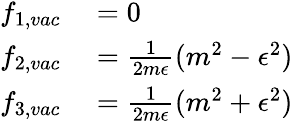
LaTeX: \begin{array}{rl}{f_{1,vac}}&{{}=0}\\ {f_{2,vac}}&{{}=\frac{1}{2m\epsilon}(m^{2}-\epsilon^{2})}\\ {f_{3,vac}}&{{}=\frac{1}{2m\epsilon}(m^{2}+\epsilon^{2})}\end{array}